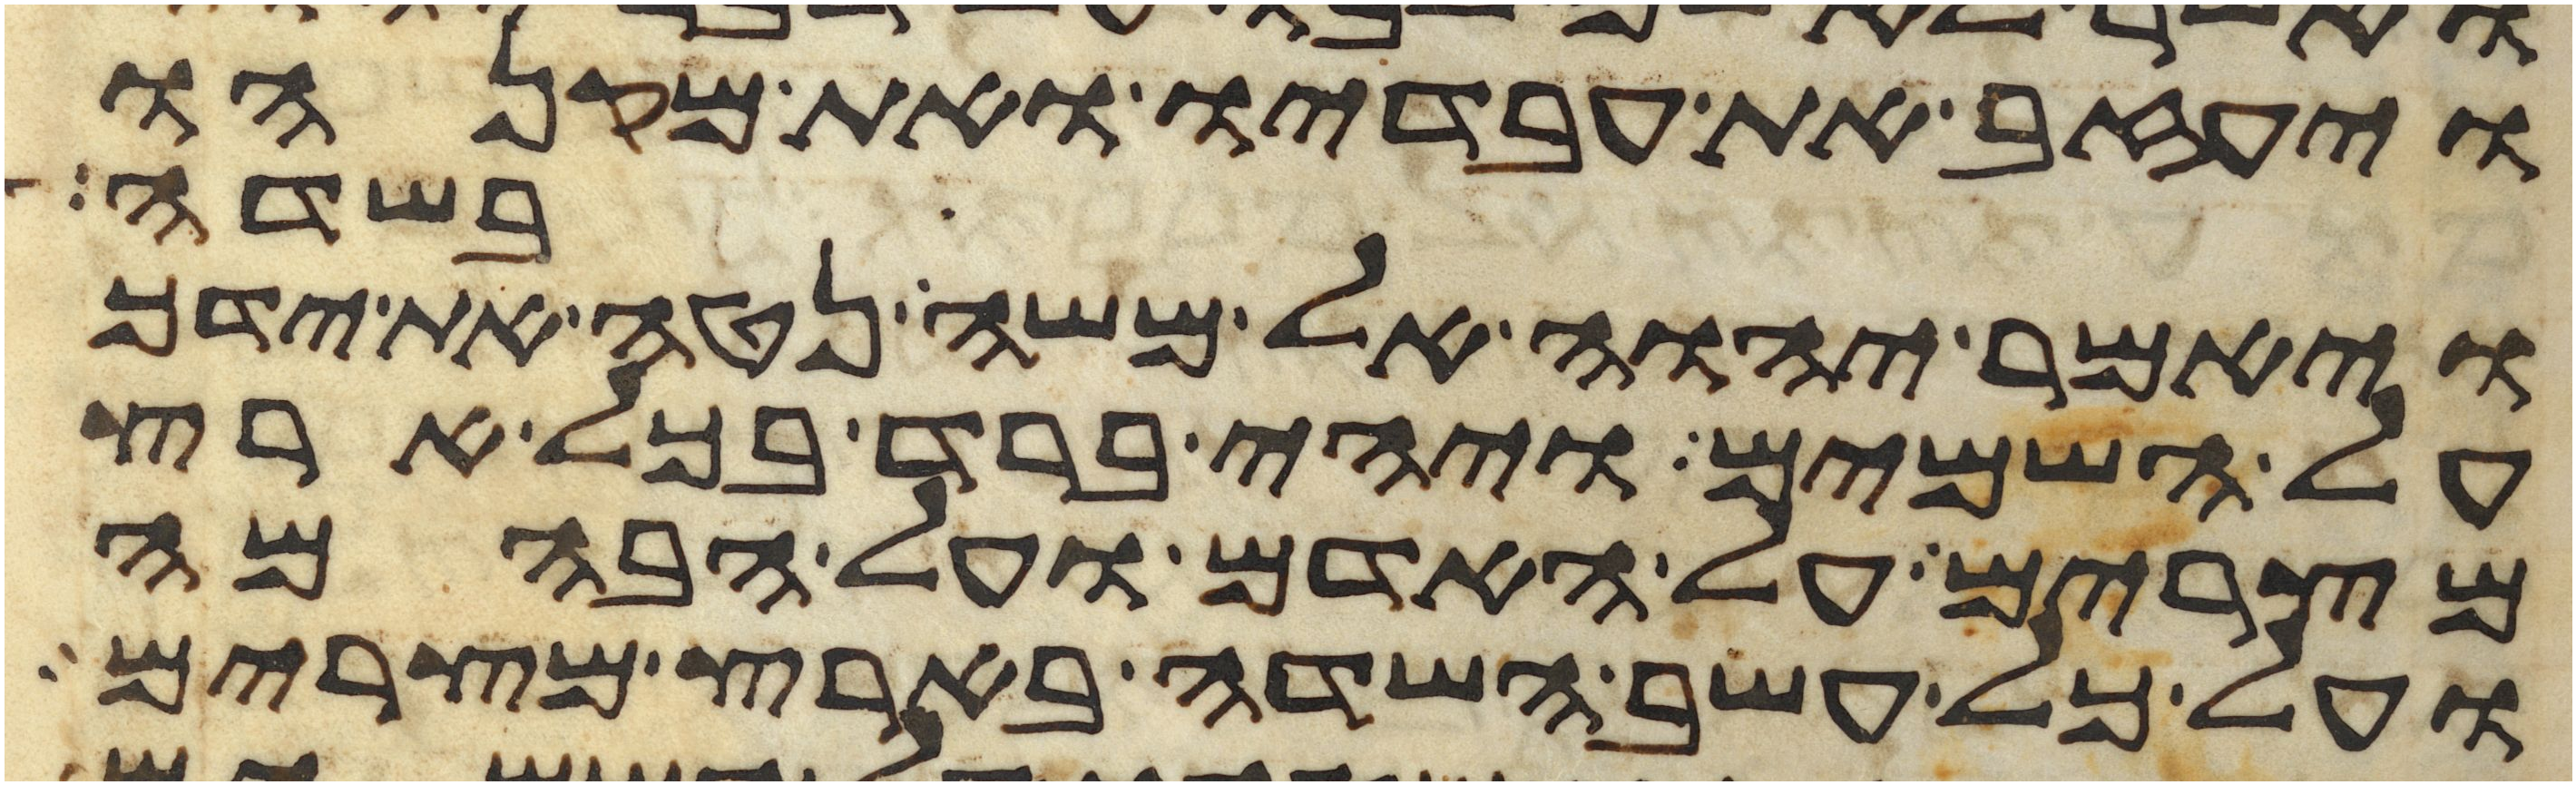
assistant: ויעזב את עבדיו ואת מקנהו
בשדה
ויאמר יהוה אל משה נטה את ידך
על השמים ויהי ברד בכל ארץ
מצרים על האדם ועל הבהמה
ועל כל עשב השדה בארץ מצרים